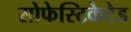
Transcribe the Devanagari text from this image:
सोफेस्टिकेटेड